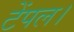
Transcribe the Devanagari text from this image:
टेंपल।